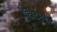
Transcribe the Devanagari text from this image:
ऍंटीटमची